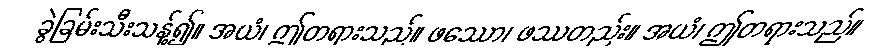
ခွဲခြမ်းသီးသန့်၍။ အယံ၊ ဤတရားသည်။ ဖဿော၊ ဖဿတည်း။ အယံ၊ ဤတရားသည်။